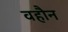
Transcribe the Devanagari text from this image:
वहौन